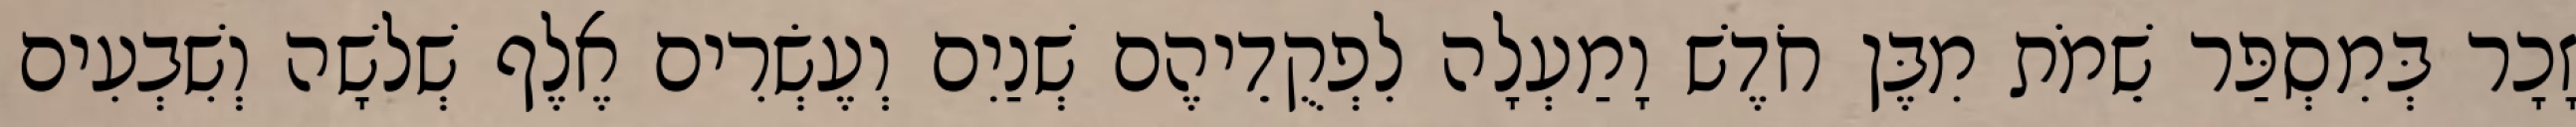
זָכָר בְּמִסְפַּר שֵׁמֹת מִבֶּן חֹדֶשׁ וָמַעְלָה לִפְקֻדֵיהֶם שְׁנַיִם וְעֶשְׂרִים אֶלֶף שְׁלשָׁה וְשִׁבְעִים